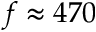
f \approx 4 7 0